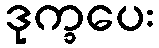
ဒုက္ခပေး